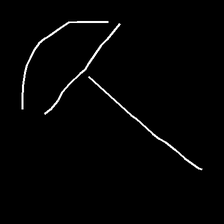
Glyph: dispersion